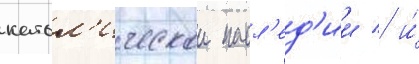
катол'ическои насл'ед'ии / и́